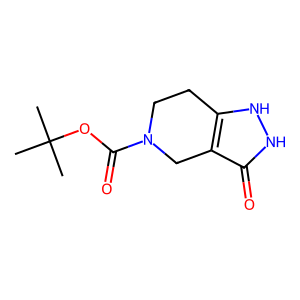
SMILES: CC(C)(C)OC(=O)N1CCc2[nH][nH]c(=O)c2C1
Inhibits HIV replication: No